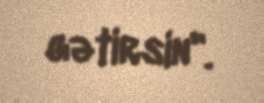
gətirsin".